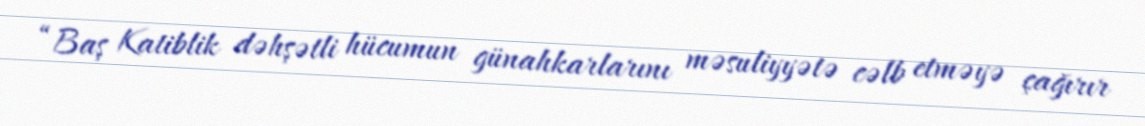
“Baş Katiblik dəhşətli hücumun günahkarlarını məsuliyyətə cəlb etməyə çağırır